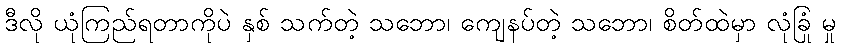
ဒီလို ယုံကြည်ရတာကိုပဲ နှစ် သက်တဲ့ သဘော၊ ကျေနပ်တဲ့ သဘော၊ စိတ်ထဲမှာ လုံခြုံ မှု